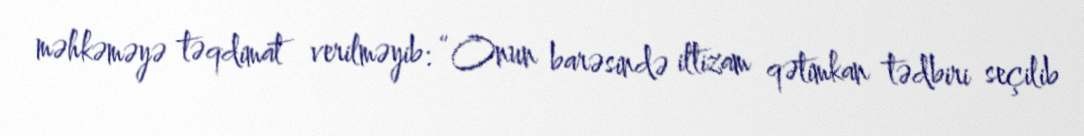
məhkəməyə təqdimat verilməyib: “Onun barəsində iltizam qətimkan tədbiri seçilib